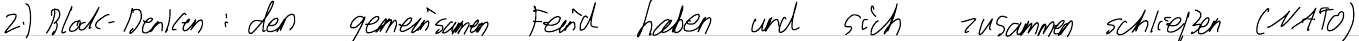
2.) Block-Denken: den gemeinsamen Feind haben und sich zusammen schließen (NATO)